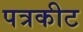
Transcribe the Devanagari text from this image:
पत्रकीट